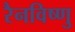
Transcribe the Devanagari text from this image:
रैनविष्णु